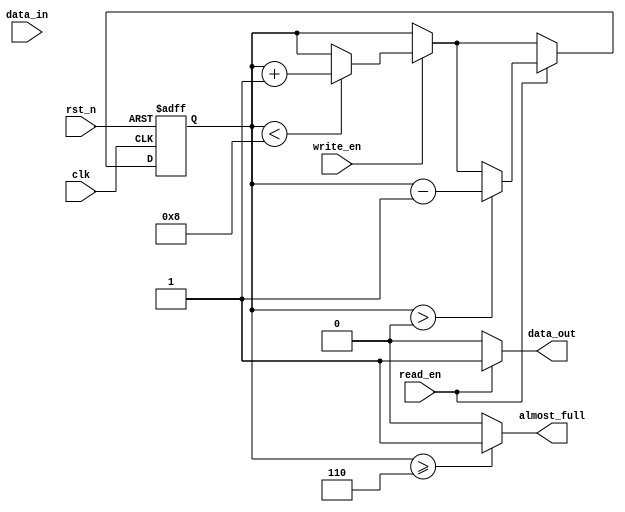
module Almost_Full_FIFO_buffer (
    input wire clk,
    input wire rst_n,
    input wire write_en,
    input wire read_en,
    output wire almost_full,
    output wire data_out,
    input wire data_in
);

parameter BUFFER_SIZE = 8;
reg [3:0] write_ptr;
reg [3:0] read_ptr;
reg [2:0] buffer_count;

always @(posedge clk or negedge rst_n) begin
    if (~rst_n) begin
        write_ptr <= 4'b0;
        read_ptr <= 4'b0;
        buffer_count <= 3'b0;
    end else begin
        if (write_en) begin
            if (buffer_count < BUFFER_SIZE) begin
                write_ptr <= write_ptr + 1;
                buffer_count <= buffer_count + 1;
            end
        end

        if (read_en) begin
            if (buffer_count > 0) begin
                read_ptr <= read_ptr + 1;
                buffer_count <= buffer_count - 1;
            end
        end
    end
end

assign almost_full = (buffer_count >= BUFFER_SIZE - 2) ? 1'b1 : 1'b0;
assign data_out = (read_en) ? 1'b1 : 1'b0;

endmodule